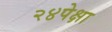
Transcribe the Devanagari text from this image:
२४पेक्षा